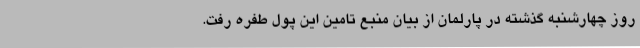
روز چهارشنبه گذشته در پارلمان از بیان منبع تامین این پول طفره رفت.